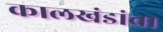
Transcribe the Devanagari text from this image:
कालखंडांचा